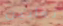
ثعابين